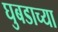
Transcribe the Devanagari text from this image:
घुबडाच्या